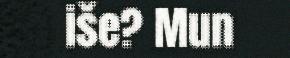
iše? Mun